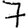
Digit: 7